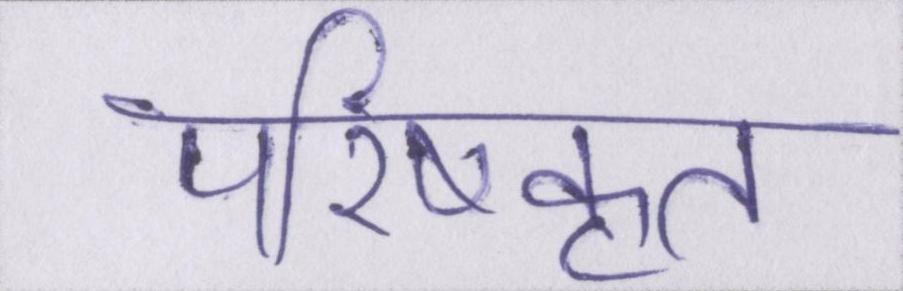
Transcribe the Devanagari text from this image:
परिष्कृत